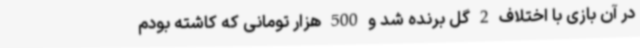
در آن بازی با اختلاف 2 گل برنده شد و 500 هزار تومانی که کاشته بودم